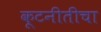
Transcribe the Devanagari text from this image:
कूटनीतीचा